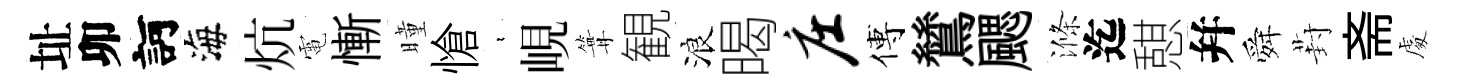
址卯訶海炕電慚曈愴裊峴篝観浪暍庄傅鷥颸滌迄憇幷舜葑斋䖏